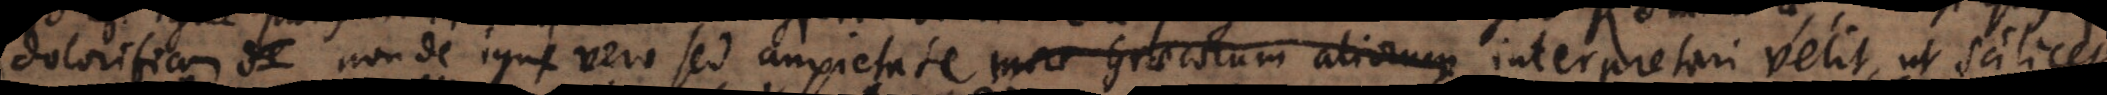
dolorificam non de igne vero sed anxietate more Graecorum aliorum interpretari velit, ut scilicet